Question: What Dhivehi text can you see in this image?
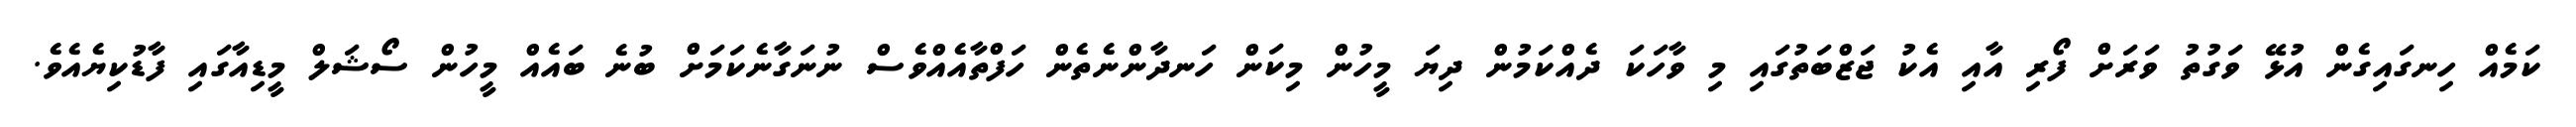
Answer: ކަމެއް ހިނގައިގެން އުޅޭ ވަގުތު ވަރަށް ފޯރި އާއި އެކު ޖަޒްބަތުގައި މި ވާހަކަ ދެއްކަމުން ދިޔަ މީހުން މިކަން ހަނދާންނެތެން ހަފްތާއެއްވެސް ނުނަގާނެކަމަށް ބުނެ ބައެއް މީހުން ސޯޝަލް މީޑިއާގައި ފާޑުކިޔެއެވެ.